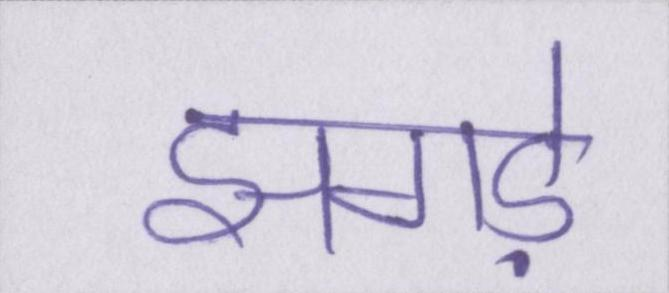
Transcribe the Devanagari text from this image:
झगड़े